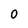
Character: 0